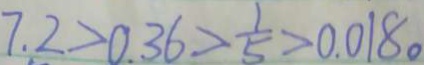
7 . 2 > 0 . 3 6 > \frac { 1 } { 5 } > 0 . 0 1 8 。